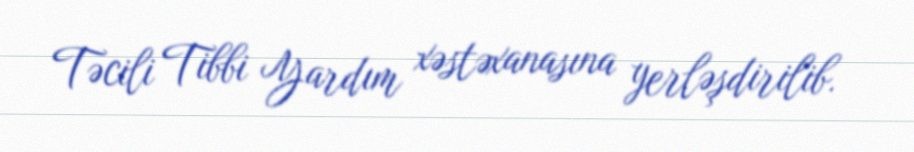
Təcili Tibbi Yardım xəstəxanasına yerləşdirilib.